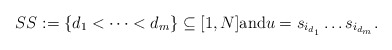
\begin{align*}\SS:= \{ d_1 < \cdots < d_m \} \subseteq [1,N]\mbox{and} u = s_{i_{d_1}} \ldots s_{i_{d_m}}.\end{align*}